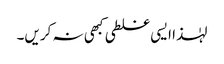
لہٰذا ایسی غلطی کبھی نہ کریں۔